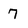
Character: 7